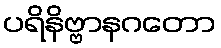
ပရိနိဗ္ဗာနဂတော